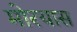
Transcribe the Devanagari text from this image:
मोरयास